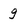
Character: g